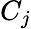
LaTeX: C_{j}